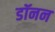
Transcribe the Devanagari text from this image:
डॉनन